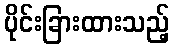
ပိုင်းခြားထားသည့်